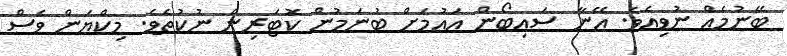
ބޭނުމެއް ނުވިއެވެ. އޭނާ ސައިބޯން އައުމަށް ބުނަމުން ކޮޓަރިން ނުކުތެވެ. މިކްޔަން ވެސް